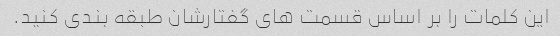
این کلمات را بر اساس قسمت های گفتارشان طبقه بندی کنید.